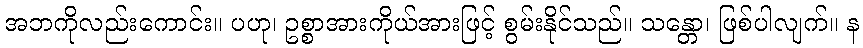
အဘကိုလည်းကောင်း။ ပဟု၊ ဥစ္စာအားကိုယ်အားဖြင့် စွမ်းနိုင်သည်။ သန္တော၊ ဖြစ်ပါလျက်။ န